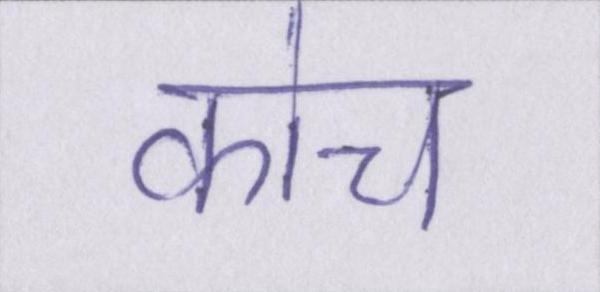
कोच